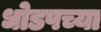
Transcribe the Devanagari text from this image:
धोडपच्या